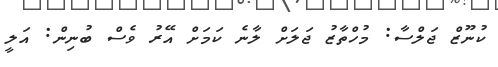
ކުނޫޒް ޖަލްސާ: މުހްތާޒު ޖަލަށް ލާނެ ކަމަށް އޭރު ވެސް ބުނިން: އަލީ